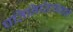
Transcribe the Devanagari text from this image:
प्रतिनिधित्ववाले